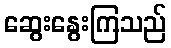
ဆွေးနွေးကြသည်